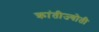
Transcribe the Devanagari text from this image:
क्रांतीज्योती